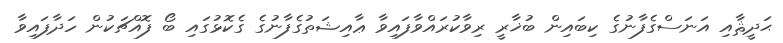
ޙަދީޘާއި އަނަސްގެފާނުގެ ކިބައިން ބުޚާރީ ރިވާކުރައްވާފައިވާ ޢާއިޝަތުގެފާނުގެ ގެކޮޅުގައި ބޯ ފޮއްޗަކުން ހަދާފައިވާ